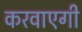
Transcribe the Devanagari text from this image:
करवाएगी